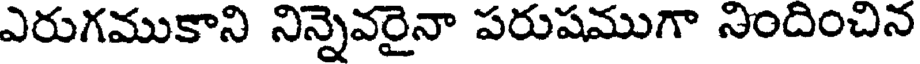
ఎరుగముకాని నిన్నెవరైనా పరుషముగా నిందించిన